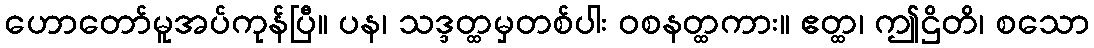
ဟောတော်မူအပ်ကုန်ပြီ။ ပန၊ သဒ္ဒတ္ထမှတစ်ပါး ဝစနတ္ထကား။ ဧတ္ထ၊ ဤဌိတိ၊ စသော